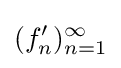
(f'_{n})_{n=1}^{\infty }